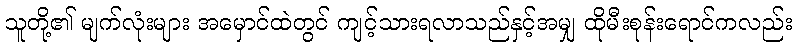
သူတို့၏ မျက်လုံးများ အမှောင်ထဲတွင် ကျင့်သားရလာသည်နှင့်အမျှ ထိုမီးစုန်းရောင်ကလည်း